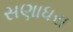
સણાધરા